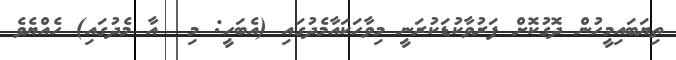
ތިޔަބައިމީހުން ދޮގުކޮށް ފަރުވާކުޑަކުރަނީ މިވާހަކައާމެދުގައި (އެބަހީ: މި  އާ މެދުގައި) ހެއްޔެވެ